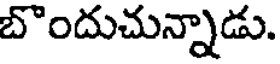
బొందుచున్నాడు.